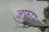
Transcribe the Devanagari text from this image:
जफ़ार